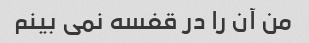
من آن را در قفسه نمی بینم